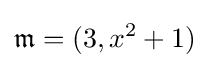
{\mathfrak {m}}=(3,x^{2}+1)